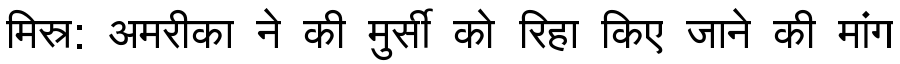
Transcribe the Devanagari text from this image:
मिस्र: अमरीका ने की मुर्सी को रिहा किए जाने की मांग